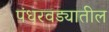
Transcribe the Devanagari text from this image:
पंधरवड्यातील